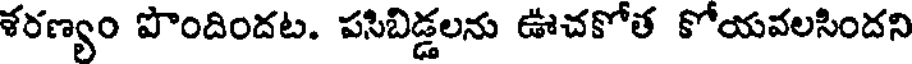
శరణ్యం పొందిందట. పసిబిడ్డలను ఊచకోత కోయవలసిందని